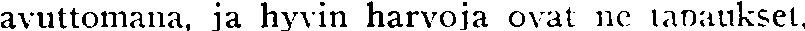
avuttomana, ja hyvin harvoja ovat ne tapaukset,